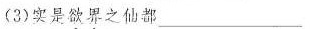
(3)实是欲界之仙都___